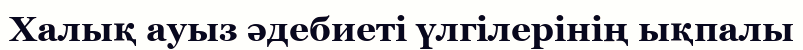
Халық ауыз әдебиеті үлгілерінің ықпалы